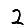
Digit: 2